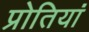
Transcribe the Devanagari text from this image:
प्रोतियां